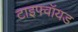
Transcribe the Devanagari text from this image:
टाइफ्वॉयड